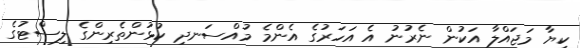
ކިޔާ މަޖައްލާ އަކުން ނެރުނު އެ އަހަރުގެ އެންމެ މުއްސަނދި ކުޅުންތެރިންގެ ލިސްޓުގެ